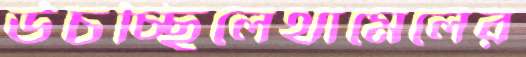
উচচ্ছিলেথামেলের